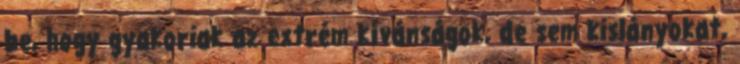
be, hogy gyakoriak az extrém kívánságok, de sem kislányokat,